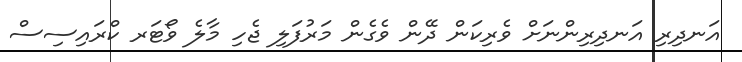
އަނދިރި އަނދިރިންނަށް ވެރިކަން ދޭން ވެގެން މަރުފަލި ޖެހި މާލެ ވޯޓަރ ކްރައިސިސް